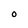
Character: O